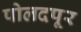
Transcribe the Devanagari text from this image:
पोलदपूर